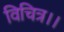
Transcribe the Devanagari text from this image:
विचित्र।।